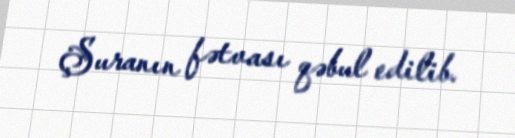
Şuranın fətvası qəbul edilib.